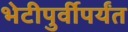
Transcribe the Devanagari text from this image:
भेटीपुर्वीपर्यंत